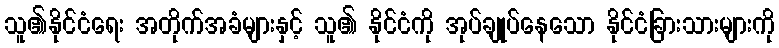
သူ၏နိုင်ငံရေး အတိုက်အခံများနှင့် သူ၏ နိုင်ငံကို အုပ်ချုပ်နေသော နိုင်ငံခြားသားများကို